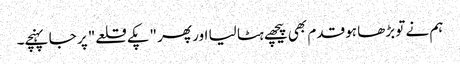
ہم نے تو بڑھا ہو قدم بھی پیچھے ہٹا لیا اور پھر "پکے قلعے" پر جا پہنچے۔